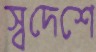
স্বদেশে